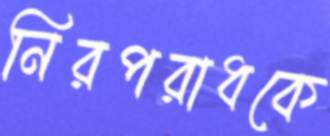
নিরপরাধকে